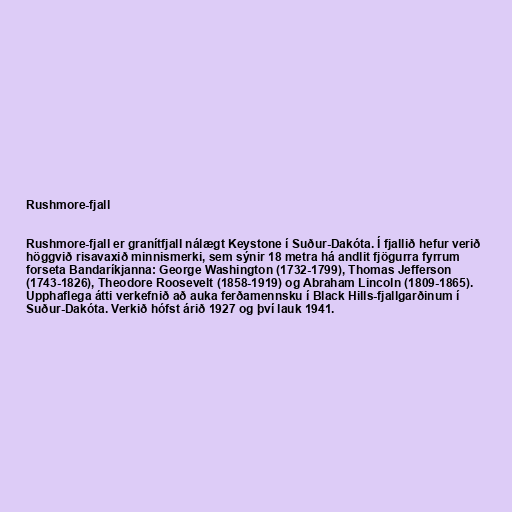
Rushmore-fjall

Rushmore-fjall er granítfjall nálægt Keystone í Suður-Dakóta. Í fjallið hefur verið
höggvið risavaxið minnismerki, sem sýnir 18 metra há andlit fjögurra fyrrum
forseta Bandaríkjanna: George Washington (1732-1799), Thomas Jefferson
(1743-1826), Theodore Roosevelt (1858-1919) og Abraham Lincoln (1809-1865).
Upphaflega átti verkefnið að auka ferðamennsku í Black Hills-fjallgarðinum í
Suður-Dakóta. Verkið hófst árið 1927 og því lauk 1941.